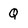
Character: Q